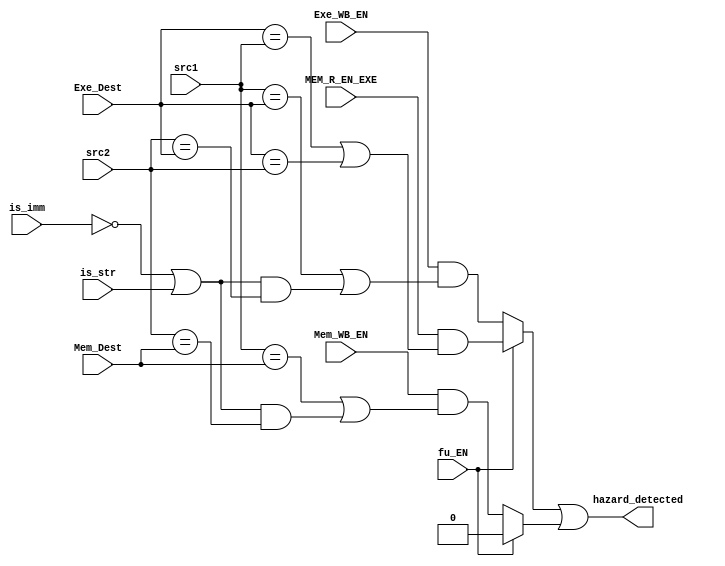
module HazardDetectionUnit(
	  input [3:0] src1, src2,
	  input [3:0] Exe_Dest, Mem_Dest,
	  input Exe_WB_EN, Mem_WB_EN, is_imm, is_str, 
    input MEM_R_EN_EXE, 
    input fu_EN, 
	  output hazard_detected
  );

  wire src2_is_valid, exe_has_hazard, mem_has_hazard, hazard;

  assign src2_is_valid =  (~is_imm) || is_str;

  assign exe_has_hazard = fu_EN 
                          ?  MEM_R_EN_EXE && (Exe_Dest == src1 || Exe_Dest == src2)
                          : Exe_WB_EN && (src1 == Exe_Dest || (src2_is_valid && src2 == Exe_Dest));
  assign mem_has_hazard = fu_EN ? 1'b0 : Mem_WB_EN && (src1 == Mem_Dest || (src2_is_valid && src2 == Mem_Dest));

  assign hazard = (exe_has_hazard || mem_has_hazard);

  assign hazard_detected = hazard;
endmodule